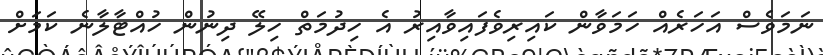
ނަމަވެސް އަހަރެއް ހަމަވާން ކައިރިވެފައިވާއިރު އެ ހިދުމަތް ހިލޭ ދިނުން ހުއްޓާލާނެ ކަމަށް